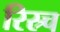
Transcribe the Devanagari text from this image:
रिस्र्च